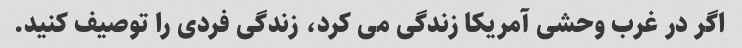
اگر در غرب وحشی آمریکا زندگی می کرد، زندگی فردی را توصیف کنید.